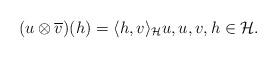
LaTeX: \begin{align*}(u \otimes \overline{v})(h) = \langle h, v \rangle_\mathcal{H} u, u,v,h \in \mathcal{H}.\end{align*}